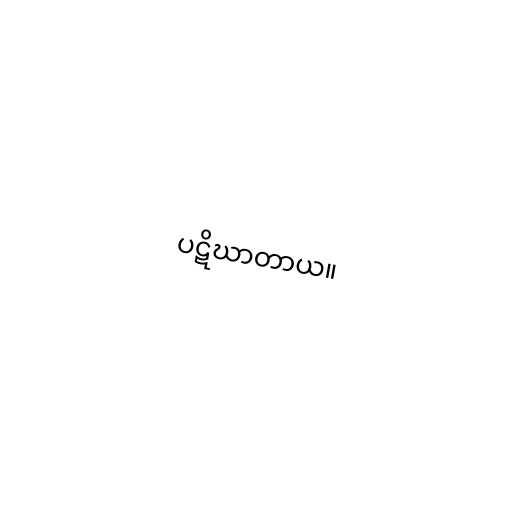
ပဋိဃာတာယ။